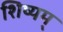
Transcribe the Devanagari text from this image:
शिष्यम्